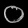
Digit: ၀